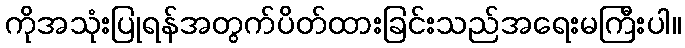
ကိုအသုံးပြုရန်အတွက်ပိတ်ထားခြင်းသည်အရေးမကြီးပါ။